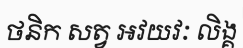
ថនិក សត្វ អវយវៈ លិង្គ